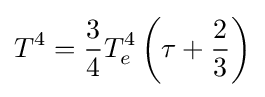
T^{4}={\frac {3}{4}}T_{e}^{4}\left(\tau +{\frac {2}{3}}\right)